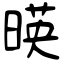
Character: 暎